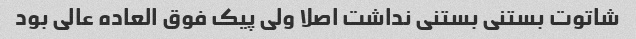
شاتوت بستنی بستنی نداشت اصلا ولی پیک فوق العاده عالی بود